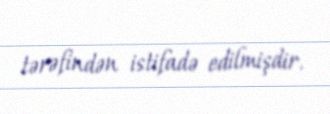
tərəfindən istifadə edilmişdir.